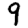
Digit: 9